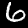
Label: 6